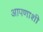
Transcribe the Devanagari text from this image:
आपणाशी